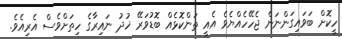
ހީކޮށް ބަވައިގަންނަން ޖެހޭހެއްޔެވެ އެއީ ތަންކޮޅެއް ބޮޑުވަރޭ ޚުދު ނައިރާގެ ހިތަށްވެސް އެރިއެވެ.